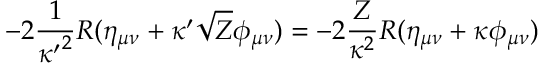
- 2 { \frac { 1 } { { \kappa ^ { \prime } } ^ { 2 } } } R ( \eta _ { \mu \nu } + \kappa ^ { \prime } \sqrt { Z } \phi _ { \mu \nu } ) = - 2 { \frac { Z } { \kappa ^ { 2 } } } R ( \eta _ { \mu \nu } + \kappa \phi _ { \mu \nu } )